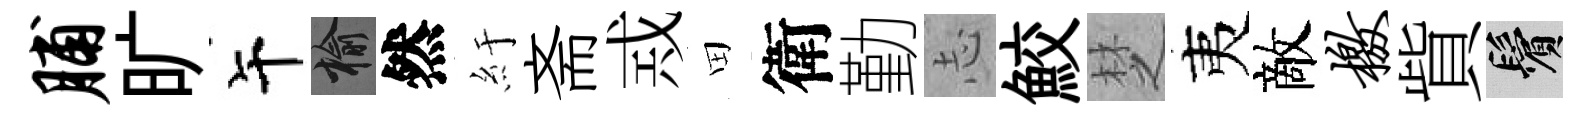
脯旷午榆然紆斋𢦶田衛勤𢖽鮫椘夷敵檄貲鬢